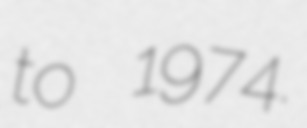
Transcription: to 1974.